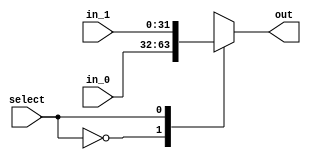
module MUX_2IN_32DATA (
    input  wire [31:0] in_0,
    input  wire [31:0] in_1,
    input  wire        select,
    output reg  [31:0] out
);
  reg [31:0] out_reg;

  always @(*) begin

    case (select)
      0:   out   <= in_0;
      1:   out   <= in_1;
      default:    out <= 31'bZ;
    endcase

  end
endmodule

module MUX_3IN_32DATA (
    input  wire [31:0] in_0,
    input  wire [31:0] in_1,
    input  wire [31:0] in_2,
    input  wire [ 1:0] select,
    output reg  [31:0] out
);
  reg [31:0] out_reg;

  always @(*) begin
    case (select)
      2'b00:   out = in_0;
      2'b01:   out = in_1;
      2'b10:   out = in_2;
      default: out = 31'bZ;
    endcase
    $display("inside the mux3, in0 = %h in1 = %h in2 = %h, sel %b, time = %d", in_0, in_1, in_2,
             select, $time);
    $display("mux3 out: 0x%h", out);
  end

endmodule